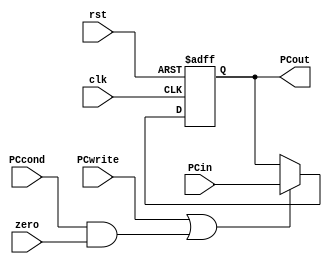
`timescale 1ns/1ns
module PC(input clk,rst,zero,PCwrite,PCcond,input[4:0] PCin,output reg[4:0] PCout);
  always@ (posedge clk,posedge rst) begin
    if(rst) PCout=5'b 00000;
    else if(PCwrite|(PCcond&zero)) PCout=PCin;
  end
endmodule